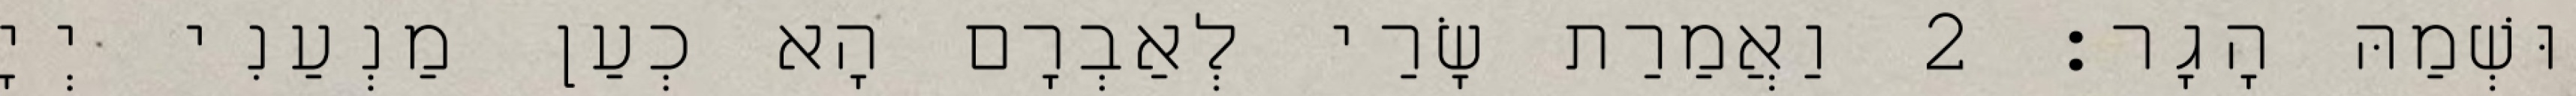
וּשְׁמַהּ הָגָר׃ 2 וַאֲמַרַת שָׂרַי לְאַבְרָם הָא כְעַן מַנְעַנִי יְיָ